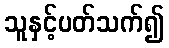
သူနှင့်ပတ်သက်၍